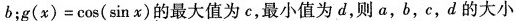
b;$$g ( x ) = \cos ( \sin x )$$的最大值为c,最小值为d,则 a,b,c,d 的大小